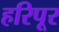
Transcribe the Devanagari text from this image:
हरिपूर